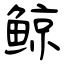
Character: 鲸